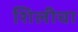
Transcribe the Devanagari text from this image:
शिलीचा